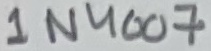
Text: 1N4007